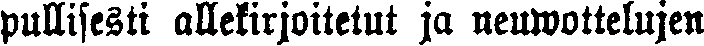
pullisesti allekirjoitetut ja neuwottelujen